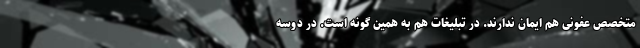
متخصص عفونی هم ایمان ندارند. در تبلیغات هم به همین گونه است. در دوسه